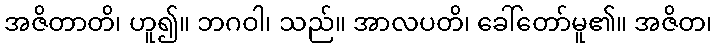
အဇိတာတိ၊ ဟူ၍။ ဘဂဝါ၊ သည်။ အာလပတိ၊ ခေါ်တော်မူ၏။ အဇိတ၊